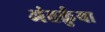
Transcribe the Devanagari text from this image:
अंतर्क्रुया